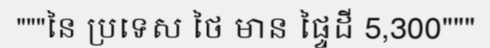
"""នៃ ប្រទេស ថៃ មាន ផ្ទៃដី 5,300"""